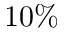
1 0 \%